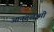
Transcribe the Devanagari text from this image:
आनंदलक्ष्मी